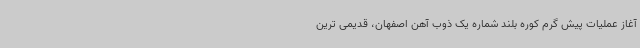
آغاز عملیات پیش گرم کوره بلند شماره یک ذوب آهن اصفهان، قدیمی ترین